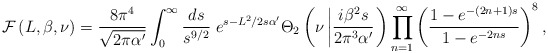
\begin{align*}{\cal F}\left(L,\beta,\nu\right)= \frac{8 \pi^4}{\sqrt{2 \pi \alpha'}} \int_0^\infty \frac{ds}{s^{9/2}}\;e^{s-L^2/2s\alpha'}\Theta_2 \left(\nu \left \vert \frac{i\beta^2 s}{2\pi^3 \alpha' } \right. \right)\prod_{n=1}^\infty\left( \frac{1-e^{-(2n+1)s}}{1-e^{-2ns}}\right)^8,\end{align*}